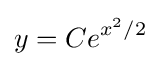
y=Ce^{x^{2}/2}